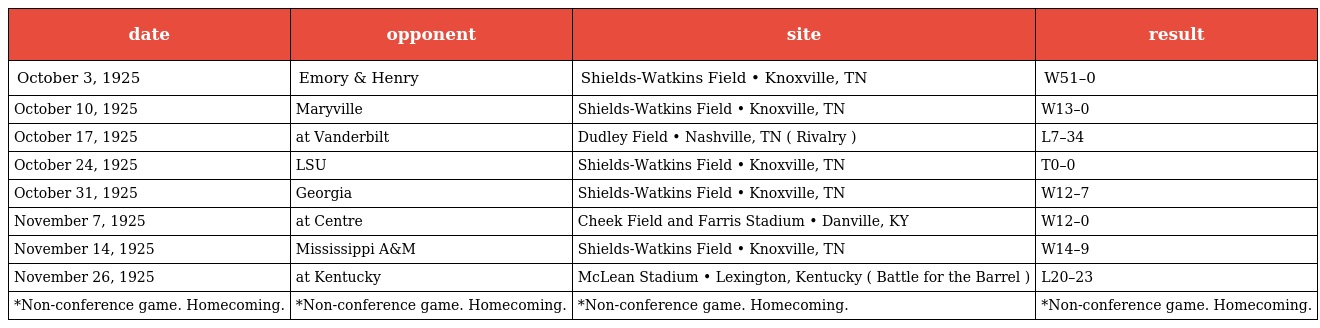
| date | opponent | site | result |
 | --- | --- | --- | --- |
 | October 3, 1925 | Emory & Henry | Shields-Watkins Field • Knoxville, TN | W51–0 |
 | October 10, 1925 | Maryville | Shields-Watkins Field • Knoxville, TN | W13–0 |
 | October 17, 1925 | at Vanderbilt | Dudley Field • Nashville, TN ( Rivalry ) | L7–34 |
 | October 24, 1925 | LSU | Shields-Watkins Field • Knoxville, TN | T0–0 |
 | October 31, 1925 | Georgia | Shields-Watkins Field • Knoxville, TN | W12–7 |
 | November 7, 1925 | at Centre | Cheek Field and Farris Stadium • Danville, KY | W12–0 |
 | November 14, 1925 | Mississippi A&M | Shields-Watkins Field • Knoxville, TN | W14–9 |
 | November 26, 1925 | at Kentucky | McLean Stadium • Lexington, Kentucky ( Battle for the Barrel ) | L20–23 |
 | *Non-conference game. Homecoming. | *Non-conference game. Homecoming. | *Non-conference game. Homecoming. | *Non-conference game. Homecoming. |